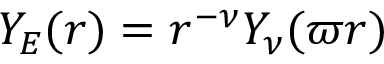
Y _ { E } ( r ) = r ^ { - \nu } Y _ { \nu } ( \varpi r )